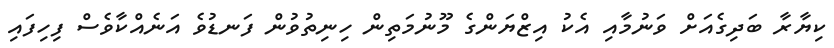
ކިޔާރާ ބަދިގެއަށް ވަނުމާއި އެކު އިޒްޔަންގެ މޫނުމަތިން ހިނިތުވުން ފަނޑުވެ އަނެއްކާވެސް ފިހިފައި